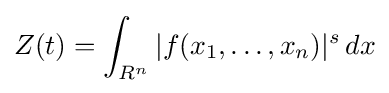
Z(t)=\int _{R^{n}}|f(x_{1},\ldots ,x_{n})|^{s}\,dx